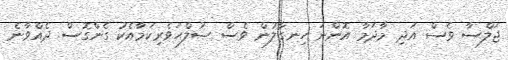
ޖަލްސާ ވެސް އަދި މާދަމާ އޮންނަ ހިނގާލުން ވެސް ޞުލްޙަވެރިކަމާއެކު ގެންގޮސް ދެއްވާނެ